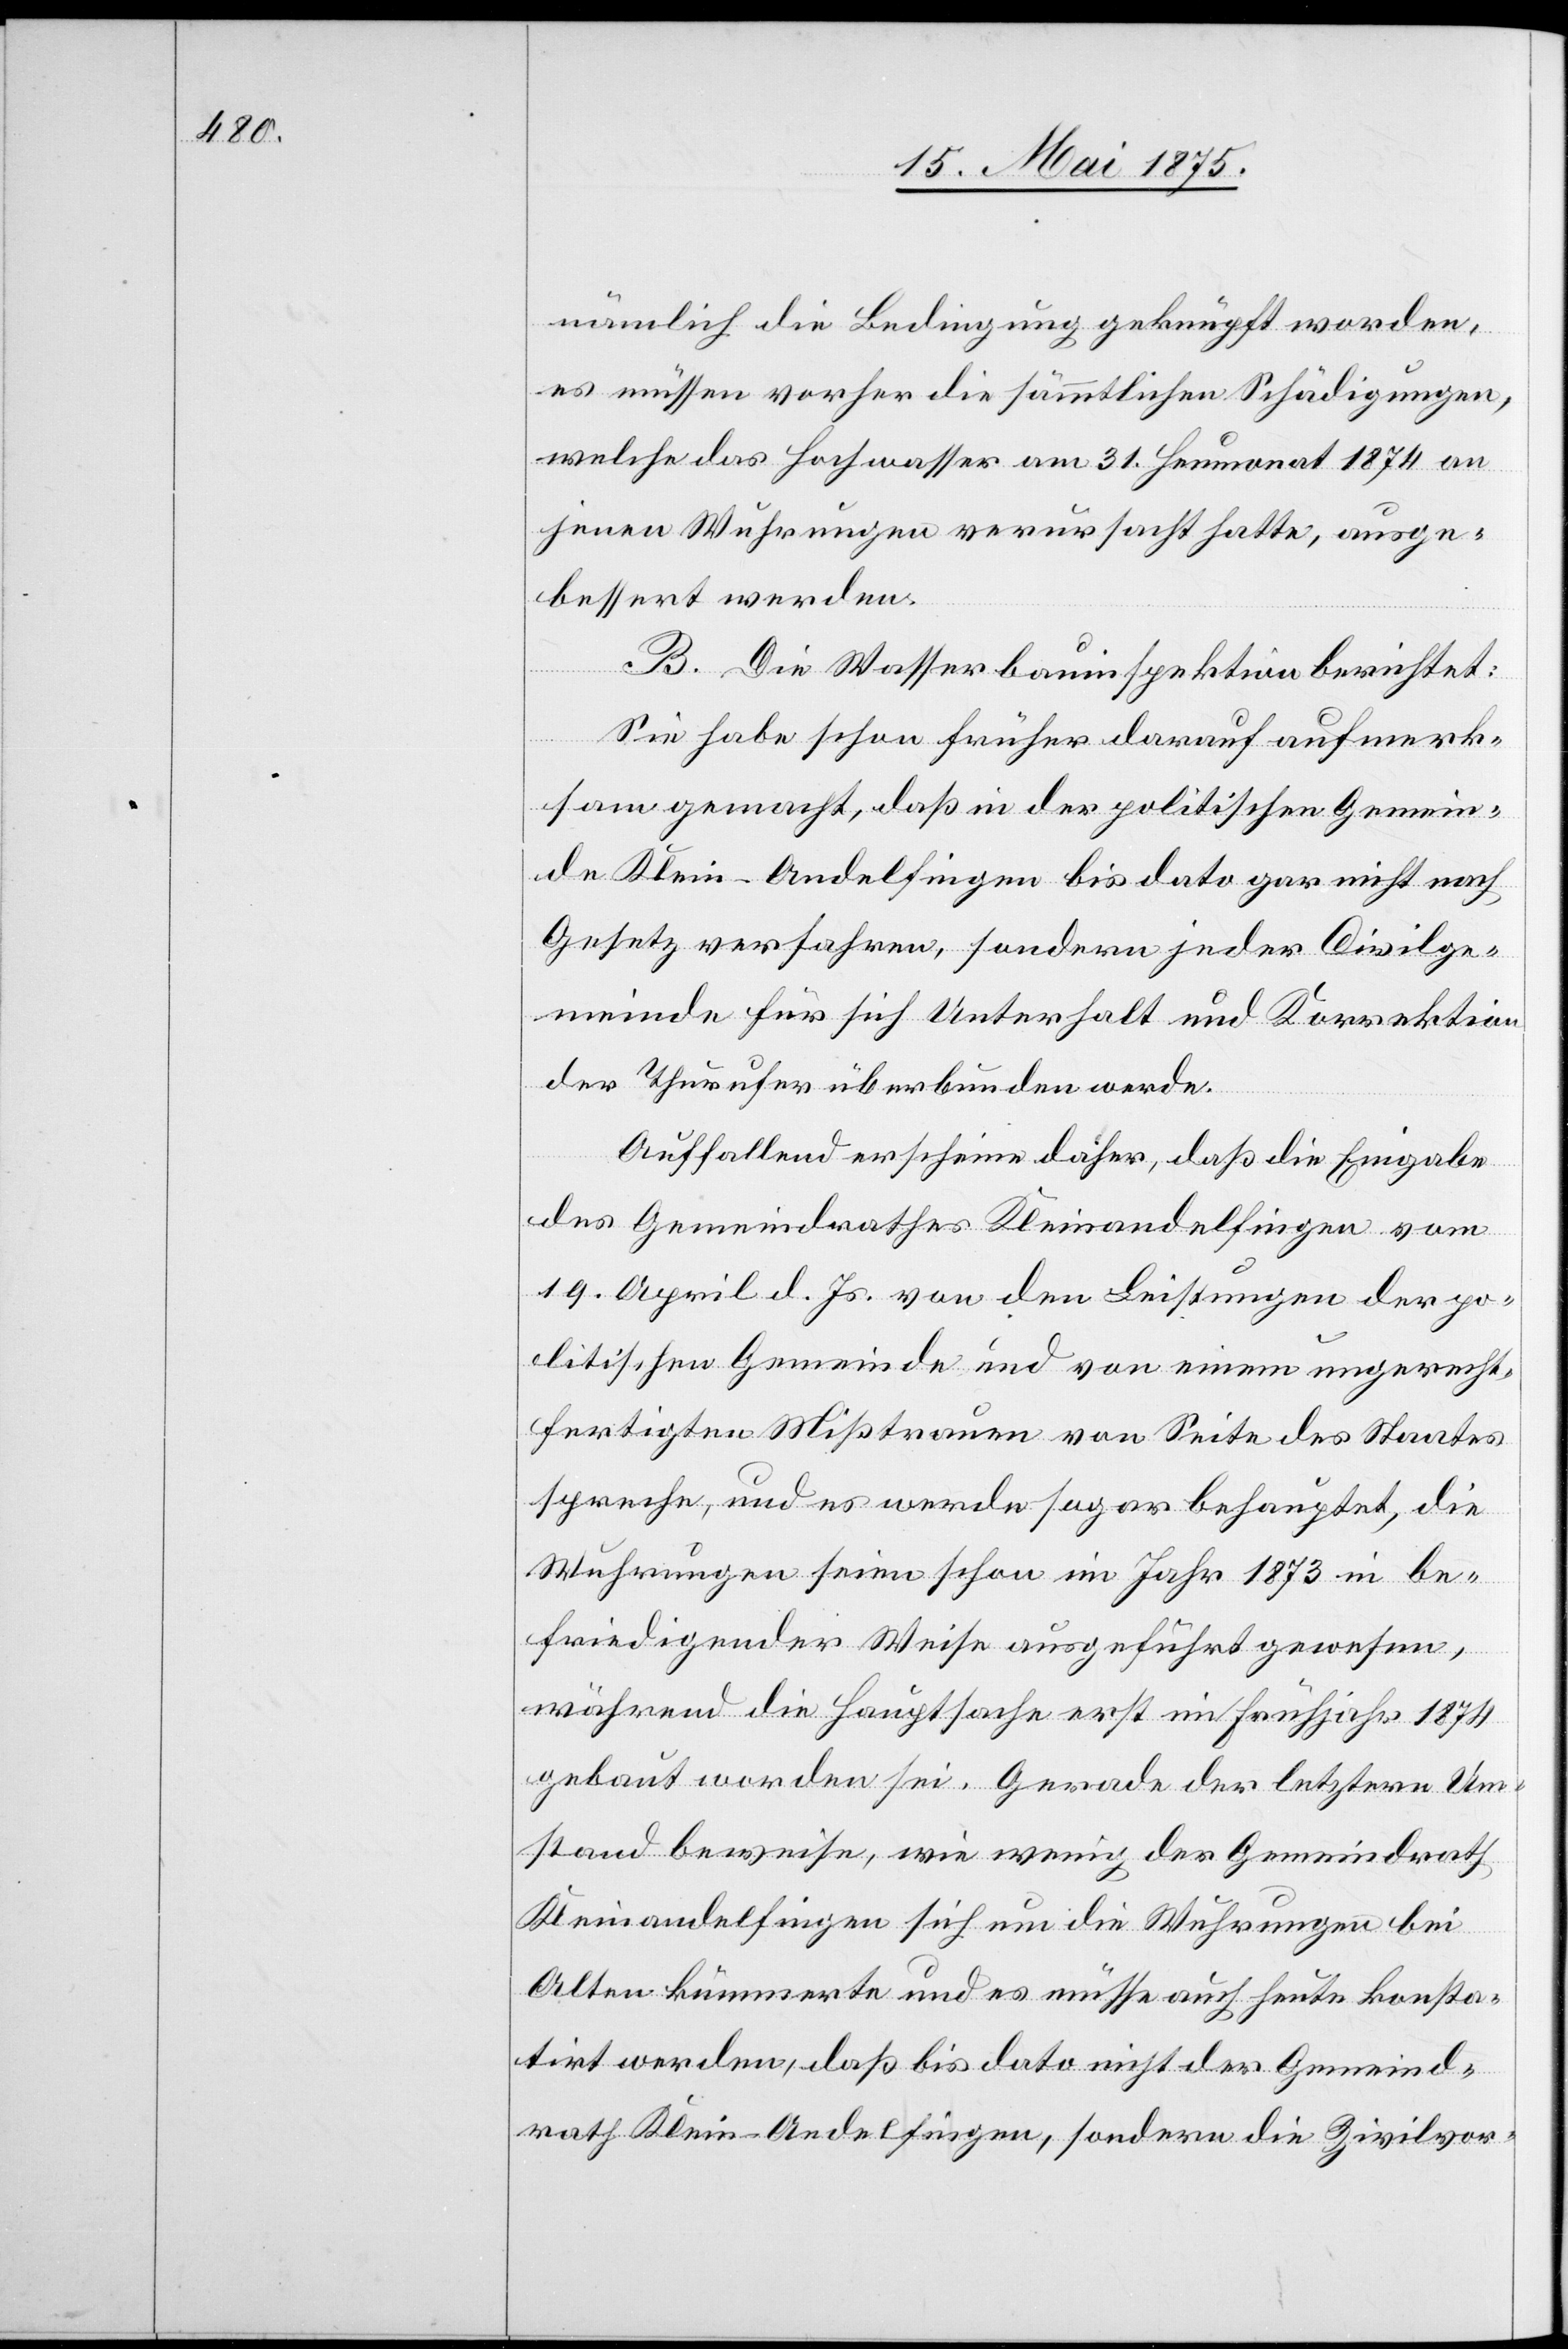
nämlich die Bedingung geknüpft worden,
es müssen vorher die sämmtlichen Schädigungen,
welche das Hochwasser am 31. Heumonat1874 an
jenen Wuhrungen verursacht hatte, ausge¬
bessert werden.
B. Die Wasserbauinspektion berichtet:
Sie habe schon früher darauf aufmerk¬
sam gemacht, daß in der politischen Gemein¬
de Klien-Andelfingen bis dato gar nicht nach
Gesetz verfahren, sondern jeder Civilge¬
meinde für sich Unterhalt und Korrektion
der Thurufer überbunden werde.
Auffallend erscheine daher, daß die Eingabe
des Gemeindrathes Kleinandelfingen vom
19. April d. Js. von den Leistungen der po¬
litischen Gemeinde und von einem ungerecht¬
fertigten Mißtrauen von Seite des Staates
spreche, und es werde sogar behauptet, die
Wuhrungen seien schon im Jahr 1873 in be¬
friedigender Weise ausgeführt gewesen,
während die Hauptsache erst im Frühjahr 1874
gebaut worden sei. Gerade der letztere Um¬
stand beweise, wie wenig der Gemeindrath
Kleinandelfingen sich um die Wuhrungen bei
Alten kümmerte und es müsse auch heute konsta¬
tirt werden, daß bis dato nicht der Gemeind¬
rath Klein-Andelfingen, sondern die Zivilvor-